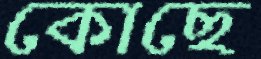
কোছে